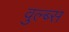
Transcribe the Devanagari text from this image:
वुल्ब्स